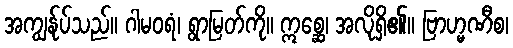
အကျွန်ုပ်သည်။ ဂါမဝရံ၊ ရွာမြတ်ကို။ ဣစ္ဆေ၊ အလိုရှိ၏။ ဗြာဟ္မဏီစ၊